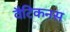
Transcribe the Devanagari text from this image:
वैटिकनस